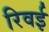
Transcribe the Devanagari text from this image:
रिवई